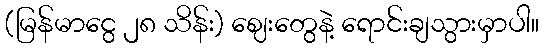
(မြန်မာငွေ ၂၈ သိန်း) ဈေးတွေနဲ့ ရောင်းချသွားမှာပါ။